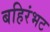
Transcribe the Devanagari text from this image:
बहिरंभट